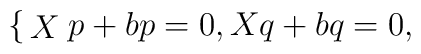
\begin{cases}Xp+bp=0, \\Xq+bq=0,\end{cases}